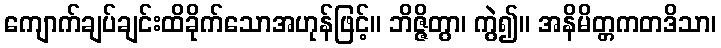
ကျောက်ချပ်ချင်းထိခိုက်သောအဟုန်ဖြင့်။ ဘိဇ္ဇိတွာ၊ ကွဲ၍။ အနိမိတ္တကတဒိသာ၊